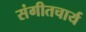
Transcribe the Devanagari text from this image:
संगीतचार्य